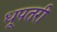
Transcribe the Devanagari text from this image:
धूपतरी